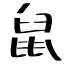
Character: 鼠